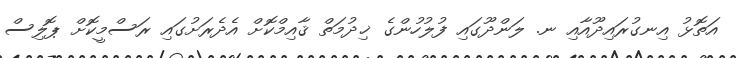
އަތޮޅު އިނގުރައިދޫއާއި ނ. ލަންދޫގައި ފުލުހުންގެ ޚިދުމަތް ޤާއިމްކޮށް އެދެރަށުގައި ރަސްމީކޮށް ޕޮލިސް